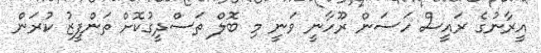
އީރާނުގެ ރައީސް ހަސަން ރޫހާނީ ވަނީ މި ބޮލް ތަސްދީގުކޮށް ތަންފީޒު ކުރަން